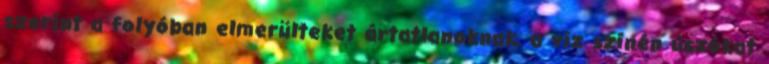
szerint a folyóban elmerülteket ártatlanoknak, a víz színén úszókat